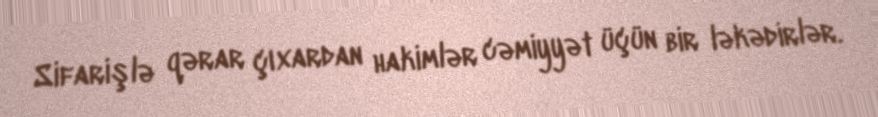
Sifarişlə qərar çıxardan hakimlər cəmiyyət üçün bir ləkədirlər.